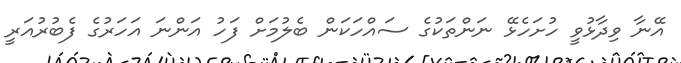
އޭނާ ވިދާޅުވީ ހުށަހެޅޭ ނަންތަކުގެ ސައްހަކަން ބެލުމަށް ފަހު އަންނަ އަހަރުގެ ފެބުރުއަރީ